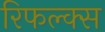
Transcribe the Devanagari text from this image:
रिफल्क्स